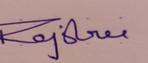
Signature authenticity: genuine